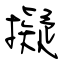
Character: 擬